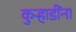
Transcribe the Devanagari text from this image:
कुऱ्हाडींना